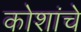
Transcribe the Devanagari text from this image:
कोशांचे